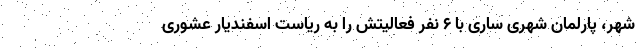
شهر، پارلمان شهری ساری با ۶ نفر فعالیتش را به ریاست اسفندیار عشوری